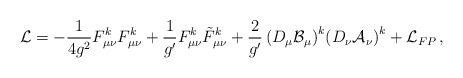
\begin{align*}{\cal L} = -\frac{1}{4g^{2}}F^{k}_{\mu \nu}F^{k}_{\mu \nu} +\frac{1}{g'}F^{k}_{\mu \nu}\tilde{F}^{k}_{\mu \nu} +\frac{2}{g'}\left( D_{\mu}\cal{B}_{\mu} \right)^{k}\!\left(D_{\nu}\cal{A}_{\nu} \right)^{k} +{\cal L}_{FP}\, ,\end{align*}